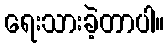
ရေးသားခဲ့တာပါ။